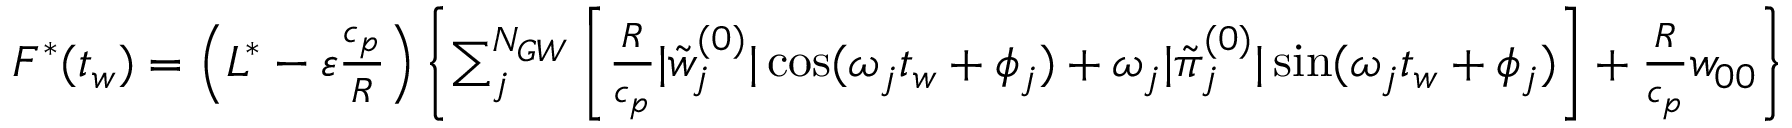
\begin{array} { r } { F ^ { * } ( t _ { w } ) = \left( L ^ { * } - { \varepsilon } \frac { c _ { p } } { R } \right) \left\{ \sum _ { j } ^ { N _ { G W } } \left[ \frac { R } { c _ { p } } | \tilde { w } _ { j } ^ { ( 0 ) } | \cos ( \omega _ { j } t _ { w } + \phi _ { j } ) + \omega _ { j } | \tilde { \pi } _ { j } ^ { ( 0 ) } | \sin ( \omega _ { j } t _ { w } + \phi _ { j } ) \right] + \frac { R } { c _ { p } } w _ { 0 0 } \right\} } \end{array}